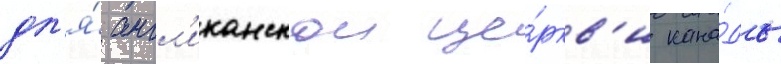
дл'я́ англ'иканскои це́ркв'и кана́ды